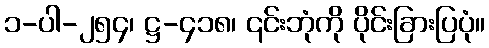
၁-ပါ-၂၅၄၊ ဋ္ဌ-၄၁၈၊ ၎င်းဘုံကို ပိုင်းခြားပြပုံ။